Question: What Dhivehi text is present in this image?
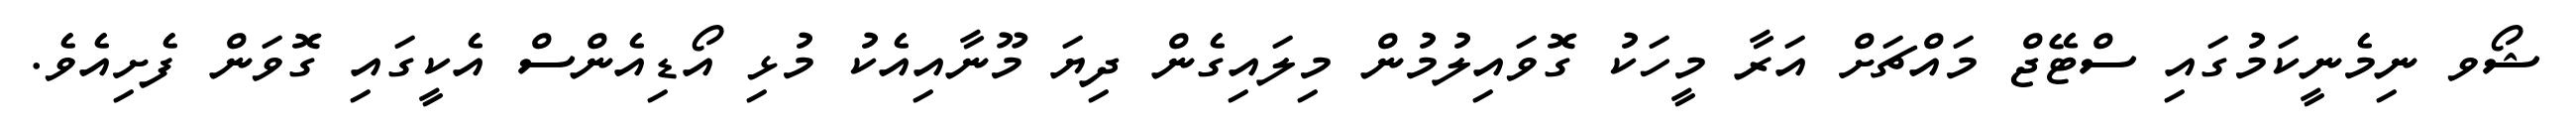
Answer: ޝޯވ ނިމެނީކަމުގައި ސްޓޭޖް މައްޗަށް އަރާ މީހަކު ގޮވައިލުމުން މިލައިގެން ދިޔަ މޫނާއިއެކު މުޅި އޯޑިއެންސް އެކީގައި ގޮވަން ފެށިއެވެ.